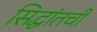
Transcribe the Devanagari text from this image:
सिद्धांतची